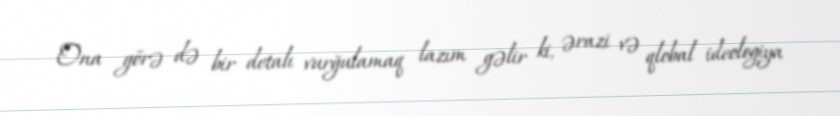
Ona görə də bir detalı vurğulamaq lazım gəlir ki, ərazi və qlobal ideologiya